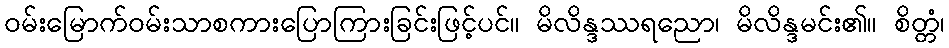
ဝမ်းမြောက်ဝမ်းသာစကားပြောကြားခြင်းဖြင့်ပင်။ မိလိန္ဒဿရညော၊ မိလိန္ဒမင်း၏။ စိတ္တံ၊